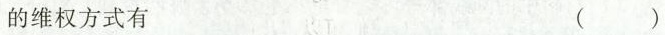
的维权方式有 ()